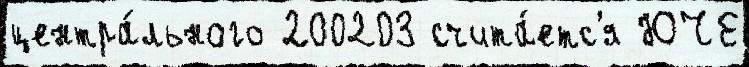
центра́льного 200203 счита́етс'я ЮЧЕ